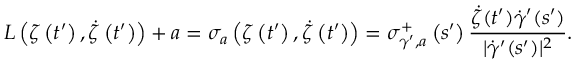
L \left( \zeta \left( t ^ { \prime } \right) , \dot { \zeta } \left( t ^ { \prime } \right) \right) + a = \sigma _ { a } \left( \zeta \left( t ^ { \prime } \right) , \dot { \zeta } \left( t ^ { \prime } \right) \right) = \sigma _ { \gamma ^ { \prime } , a } ^ { + } \left( s ^ { \prime } \right) \frac { \dot { \zeta } ( t ^ { \prime } ) \dot { \gamma } ^ { \prime } ( s ^ { \prime } ) } { | \dot { \gamma } ^ { \prime } ( s ^ { \prime } ) | ^ { 2 } } .